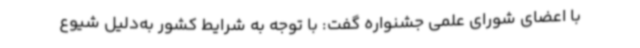
با اعضای شورای علمی جشنواره گفت: با توجه به شرایط کشور به‌دلیل شیوع